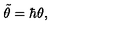
{ \tilde { \theta } } = \hbar \theta ,